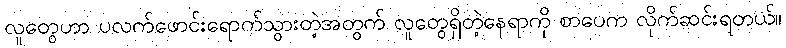
လူတွေဟာ ပလက်ဖောင်းရောက်သွားတဲ့အတွက် လူတွေရှိတဲ့နေရာကို စာပေက လိုက်ဆင်းရတယ်။